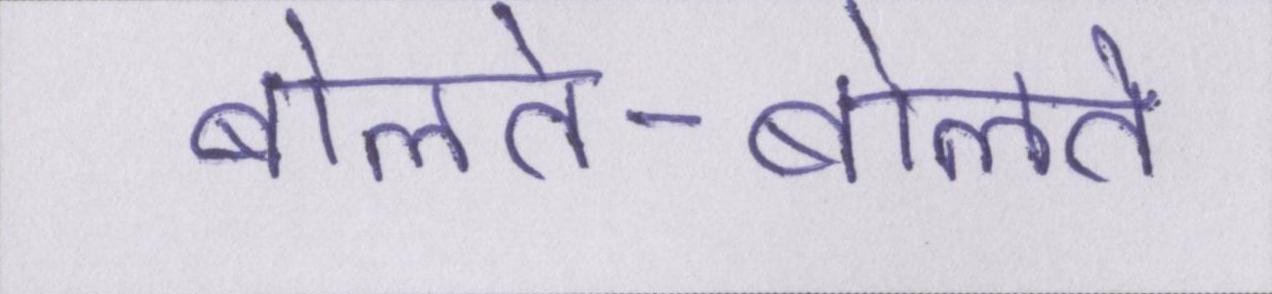
बोलते-बोलते